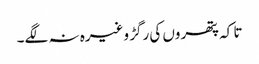
تا کہ پتھروں کی رگڑ وغیرہ نہ لگے۔